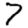
Digit: 7